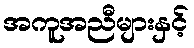
အကူအညီများနှင့်